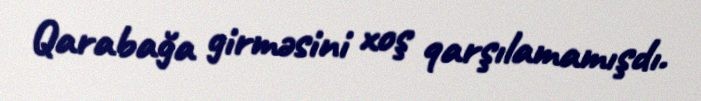
Qarabağa girməsini xoş qarşılamamışdı.